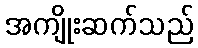
အကျိုးဆက်သည်